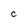
Character: C